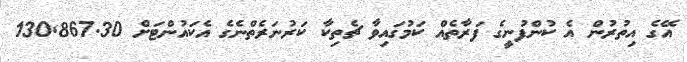
އޭގެ އިތުރުން އެ ކުންފުނީގެ ފަރާތެއް ކަމުގައިވާ ޗެތިކާ ކަރުނަރެތްނެގެ އެކައުންޓަށް 130